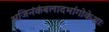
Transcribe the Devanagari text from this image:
अजिनंकंबलादर्भागोकेशाः